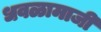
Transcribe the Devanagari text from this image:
धवळामाजी